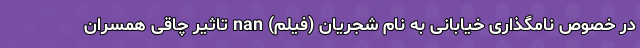
در خصوص نامگذاری خیابانی به نام شجریان (فیلم) nan تاثیر چاقی همسران